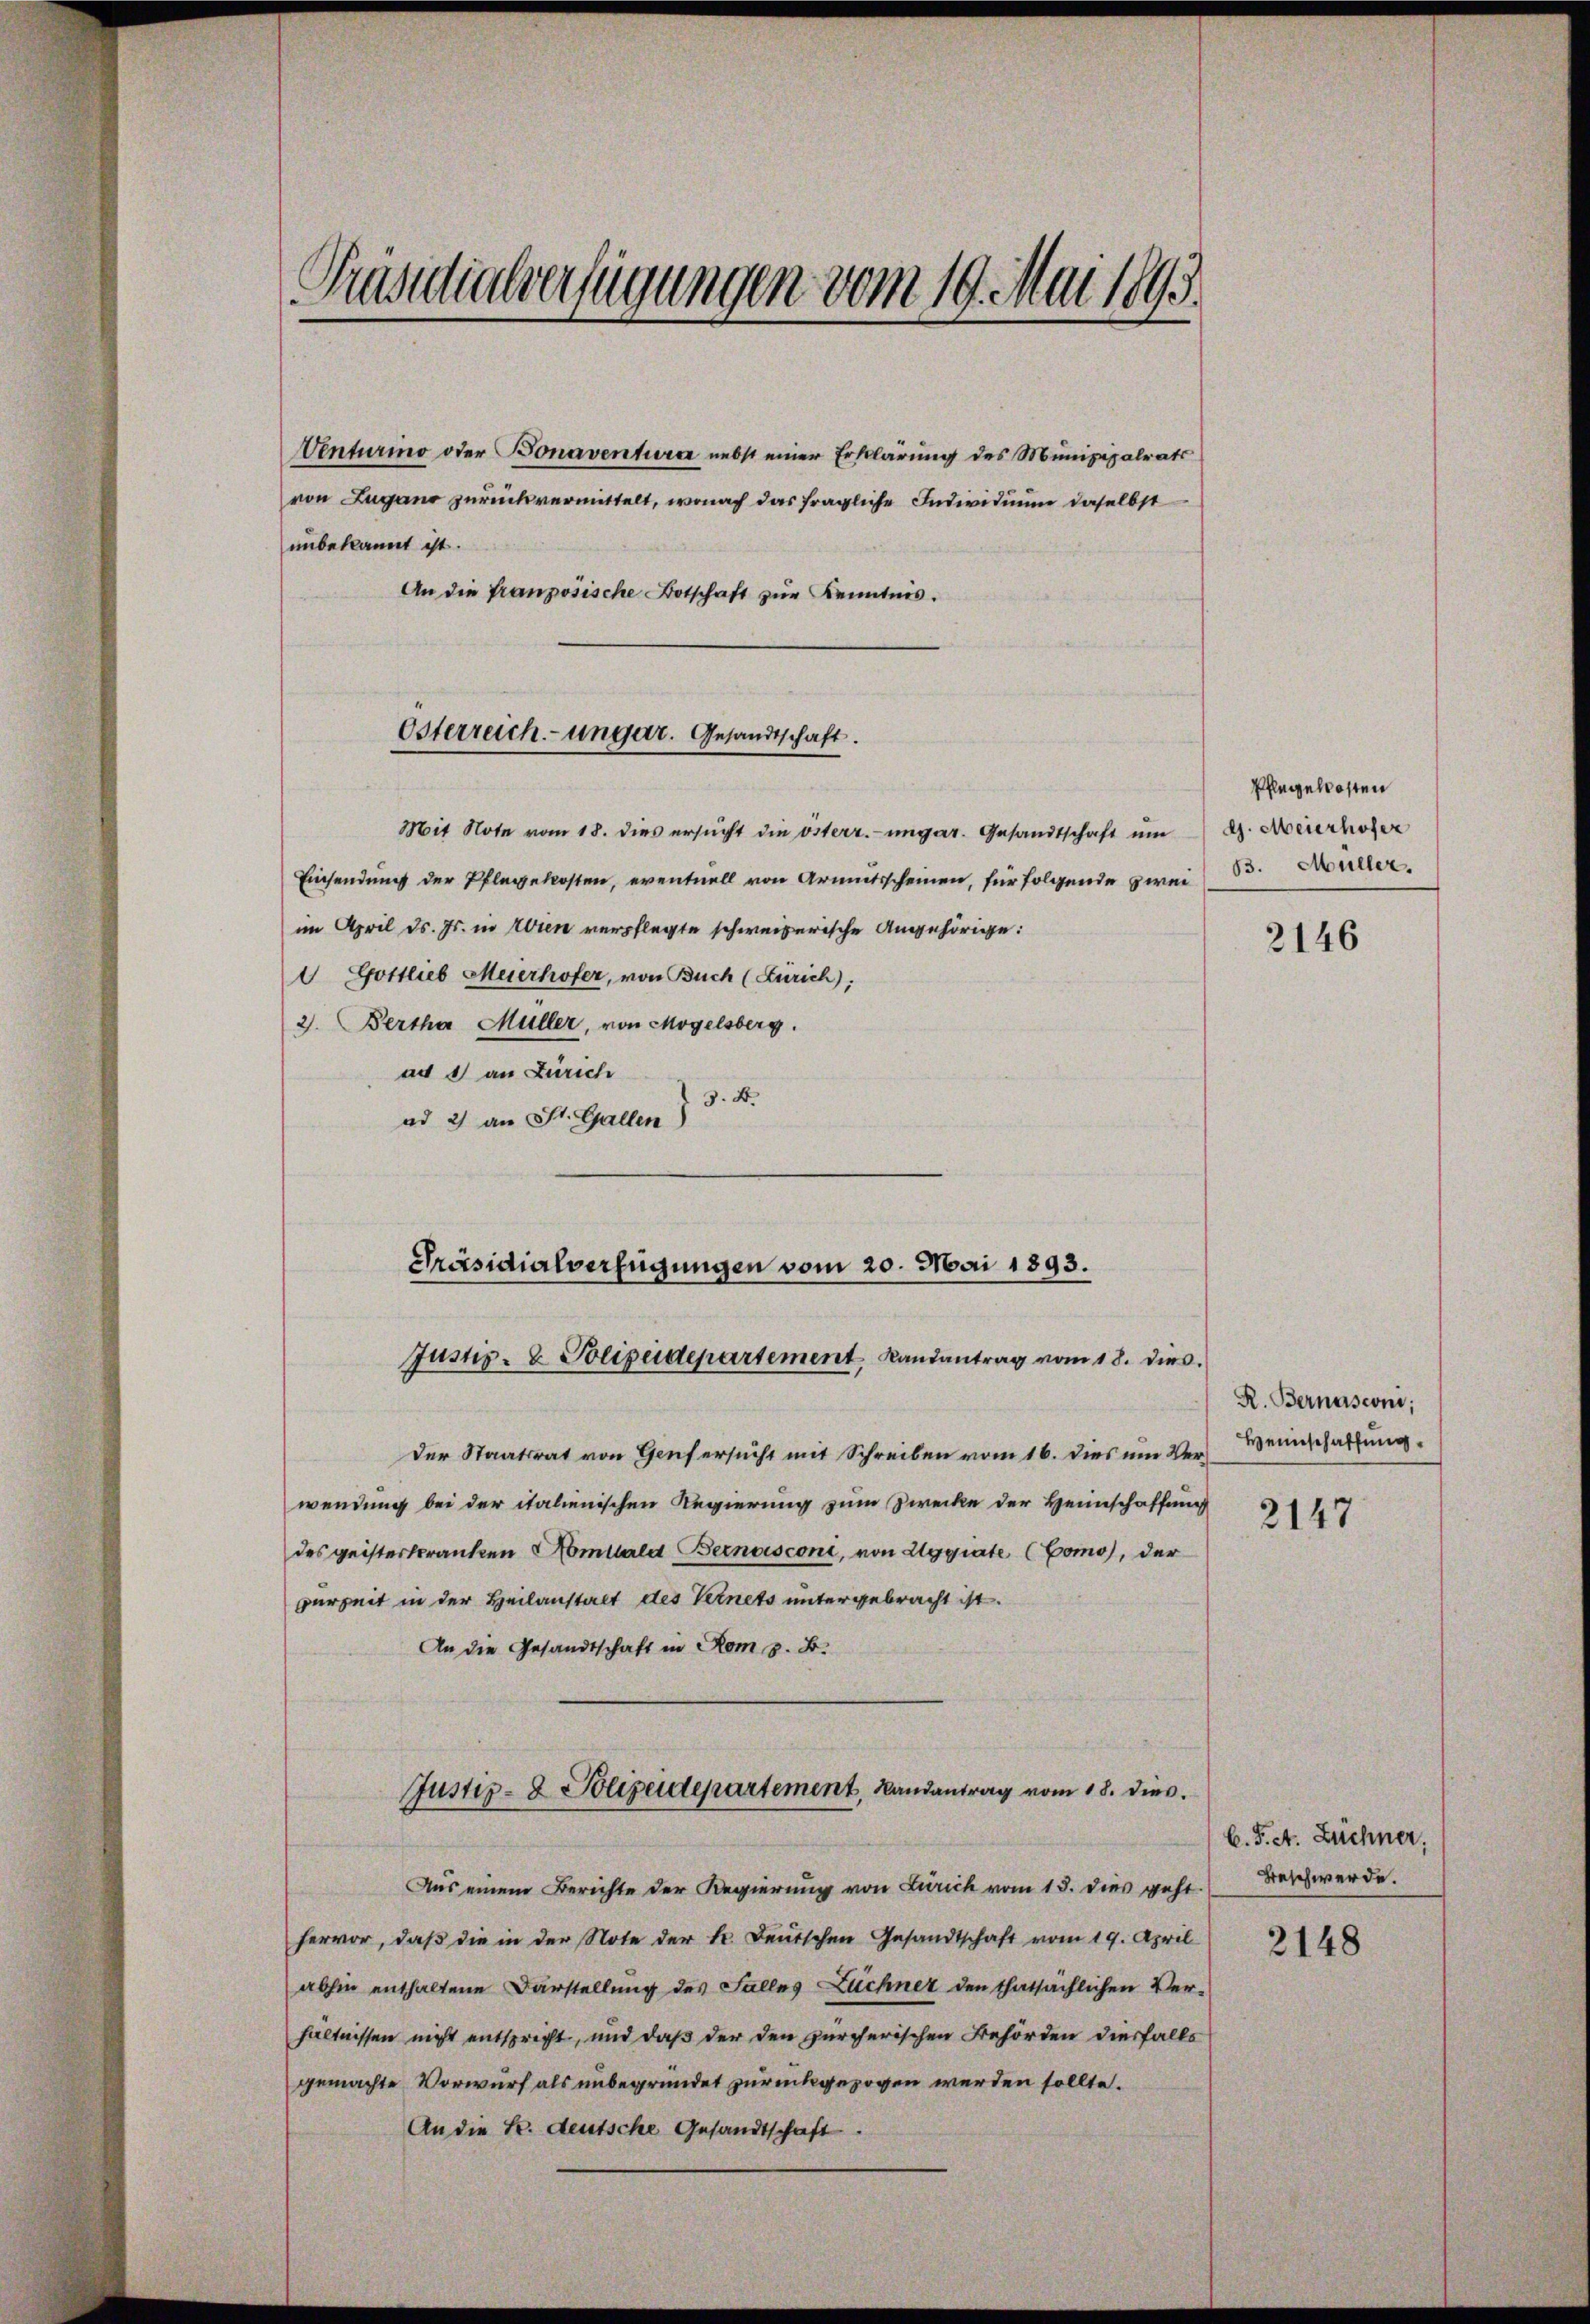
Präsidialverfügungen vom 19. Mai 1895.

unbekannt ist.
An die französische Botschaft zŭr Kenntnis.

Venturino oder Bonaventurer nebst einer Erklärung des Munizipalrats
von Lugano zurückvermittelt, wonach das fragliche Individuum daselbst

Österreich-ungar. Gesandtschaft.

Mit Note vom 18. dies ersŭcht die österr.-ungar. Gesandtschaft um
Einsendung der Pflegekosten, eventuell von Armutsscheinen, für folgende zwei 835. Buller.
im April d. Js. in Wien verpflegte schweizerische Angehörige:
 Gottlieb Meierhofer, von Buch (Zürich):
2. Bertha Müller, von Mögelsberg.
ad 1) an Zürich
3. B.
ad 2) an St. Gallen)
der Staatsrat von Genf ersucht mit Schreiben vom 16. dies um Verwendung bei der italienischen Regierung zum Zwecke der Heimschaffung
des geisterkranken Amtlald Bernasconi, von Eggiate (Como), der
perzeit in der Heilanstalt des Vernets untergebracht ist.
An die Gesandtschaft in Rom z. B.
Justiz- & Polizeidepartement, Landantrag vom 18. dies
Aus einem Berichte der Regierung von Zürich vom 15. dies geht
hervor, daß die in der Note der Sr. Deutschen Gesandtschaft vom 19. April
abhin enthaltene Darstellung des Falles Zeichner den thatsächlichen Ver-
hältnissen nicht entsprecht, und daß der den zürcherischen Behörden diesfalls
gemachte Vorwurf als unbegründet zurückgezogen werden sollte.
An die S. deutsche Gesandtschaft.

Präsidialverfügungen vom 20. Mai 1893.
Justiz- & Polizeidepartement Landantrag vom 18. dies

Pfleggelosten
G. Meierhofer

2146

R. Bernasconi;
Heimschaffung
2147

b. P. et. Züchner,
Beschwerde.

2148